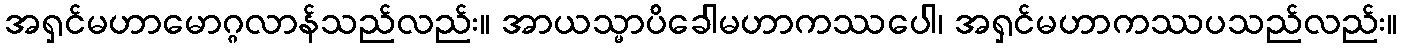
အရှင်မဟာမောဂ္ဂလာန်သည်လည်း။ အာယသ္မာပိခေါမဟာကဿပေါ၊ အရှင်မဟာကဿပသည်လည်း။